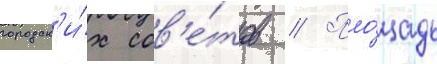
городск'и́х сов'е́тов // Пло́щадь